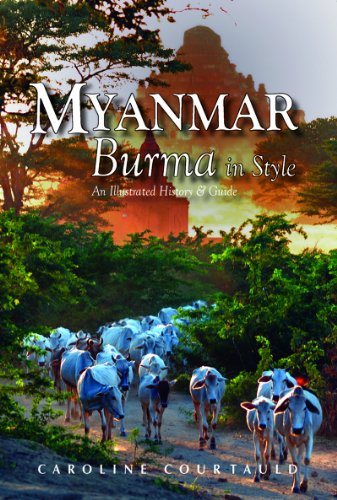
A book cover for Myanmar: An Illustrated History and Guide to Burma; Caroline Courtauld; Travel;